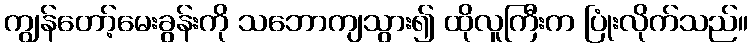
ကျွန်တော့်မေးခွန်းကို သဘောကျသွား၍ ထိုလူကြီးက ပြုံးလိုက်သည်။